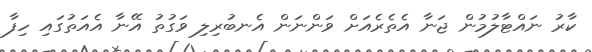
ކާރު ނައްޓާލުމުން ޖަނާ އެތެރެއަށް ވަންނަން އެނބުރިލި ވަގުތު އޭނާ އެއަތުގައި ހިފާ